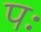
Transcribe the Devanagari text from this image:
पः